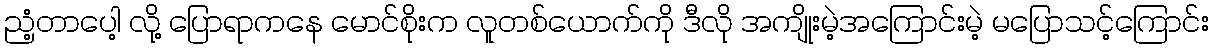
ညံ့တာပေါ့ လို့ ပြောရာကနေ မောင်စိုးက လူတစ်ယောက်ကို ဒီလို အကျိုးမဲ့အကြောင်းမဲ့ မပြောသင့်ကြောင်း